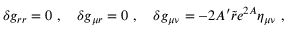
\delta g _ { r r } = 0 \ , \quad \delta g _ { \mu r } = 0 \ , \quad \delta g _ { \mu \nu } = - 2 A ^ { \prime } \tilde { r } e ^ { 2 A } \eta _ { \mu \nu } \ ,